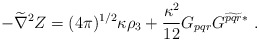
\begin{align*}- \widetilde\nabla^2 Z = (4\pi)^{1/2} \kappa \rho_3 + \frac{\kappa^2}{12}G_{pqr} G^{\widetilde{pqr}*} \ .\end{align*}